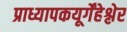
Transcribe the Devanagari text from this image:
प्राध्यापकयूर्गेंहेश्लेर